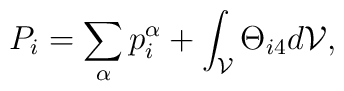
P_i=\sum_{\alpha}p_i^{\alpha}+\int_{\cal V} \Theta_{i4}d{\cal V},